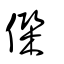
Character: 𠌖